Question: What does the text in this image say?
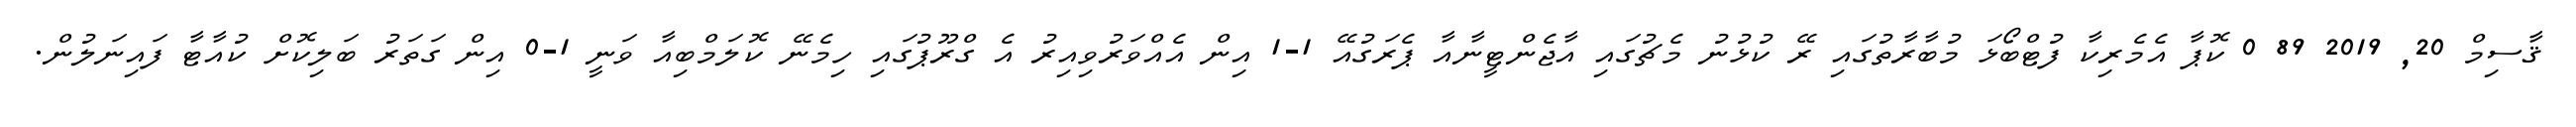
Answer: ޤާސިމް 20, 2019 89 0 ކޮޕާ އެމެރިކާ ފުޓްބޯޅަ މުބާރާތުގައި ރޭ ކުޅުނު މެޗުގައި އާޖެންޓީނާއާ ޕެރަގުއޭ 1-1 އިން އެއްވަރުވިއިރު އެ ގްރޫޕުގައި ހިމެނޭ ކޮލަމްބިއާ ވަނީ 1-0 އިން ގަތަރު ބަލިކޮށް ކުއާޓާ ފައިނަލުން.